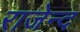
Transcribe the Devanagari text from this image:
राजेन्द